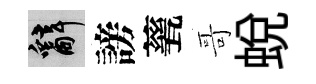
辭謗甆哥蜕